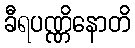
ခီရပဏ္ဏိနောတိ